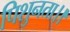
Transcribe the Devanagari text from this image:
पिशुनता।।